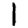
Digit: 1